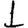
Digit: 1